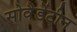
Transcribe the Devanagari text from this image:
सोवैडेंटीन